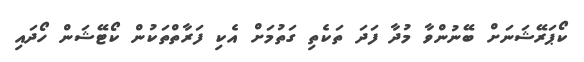
ކޯޕަރޭޝަނަށް ބޭނުންވާ މުދާ ފަދަ ތަކެތި ގަތުމަށް އެކި ފަރާތްތަކުން ކޯޓޭޝަން ހޯދައި